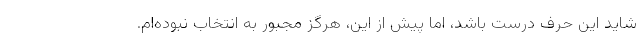
شاید این حرف درست باشد، اما پیش از این، هرگز مجبور به انتخاب نبوده‌ام.